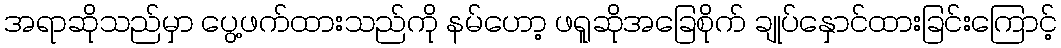
အရာဆိုသည်မှာ ပွေ့ဖက်ထားသည်ကို နမ်ဟော့ ဖရူဆိုအခြေစိုက် ချုပ်နှောင်ထားခြင်းကြောင့်